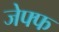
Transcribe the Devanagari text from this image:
जेफ्फ